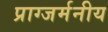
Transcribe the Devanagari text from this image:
प्राग्जर्मनीय